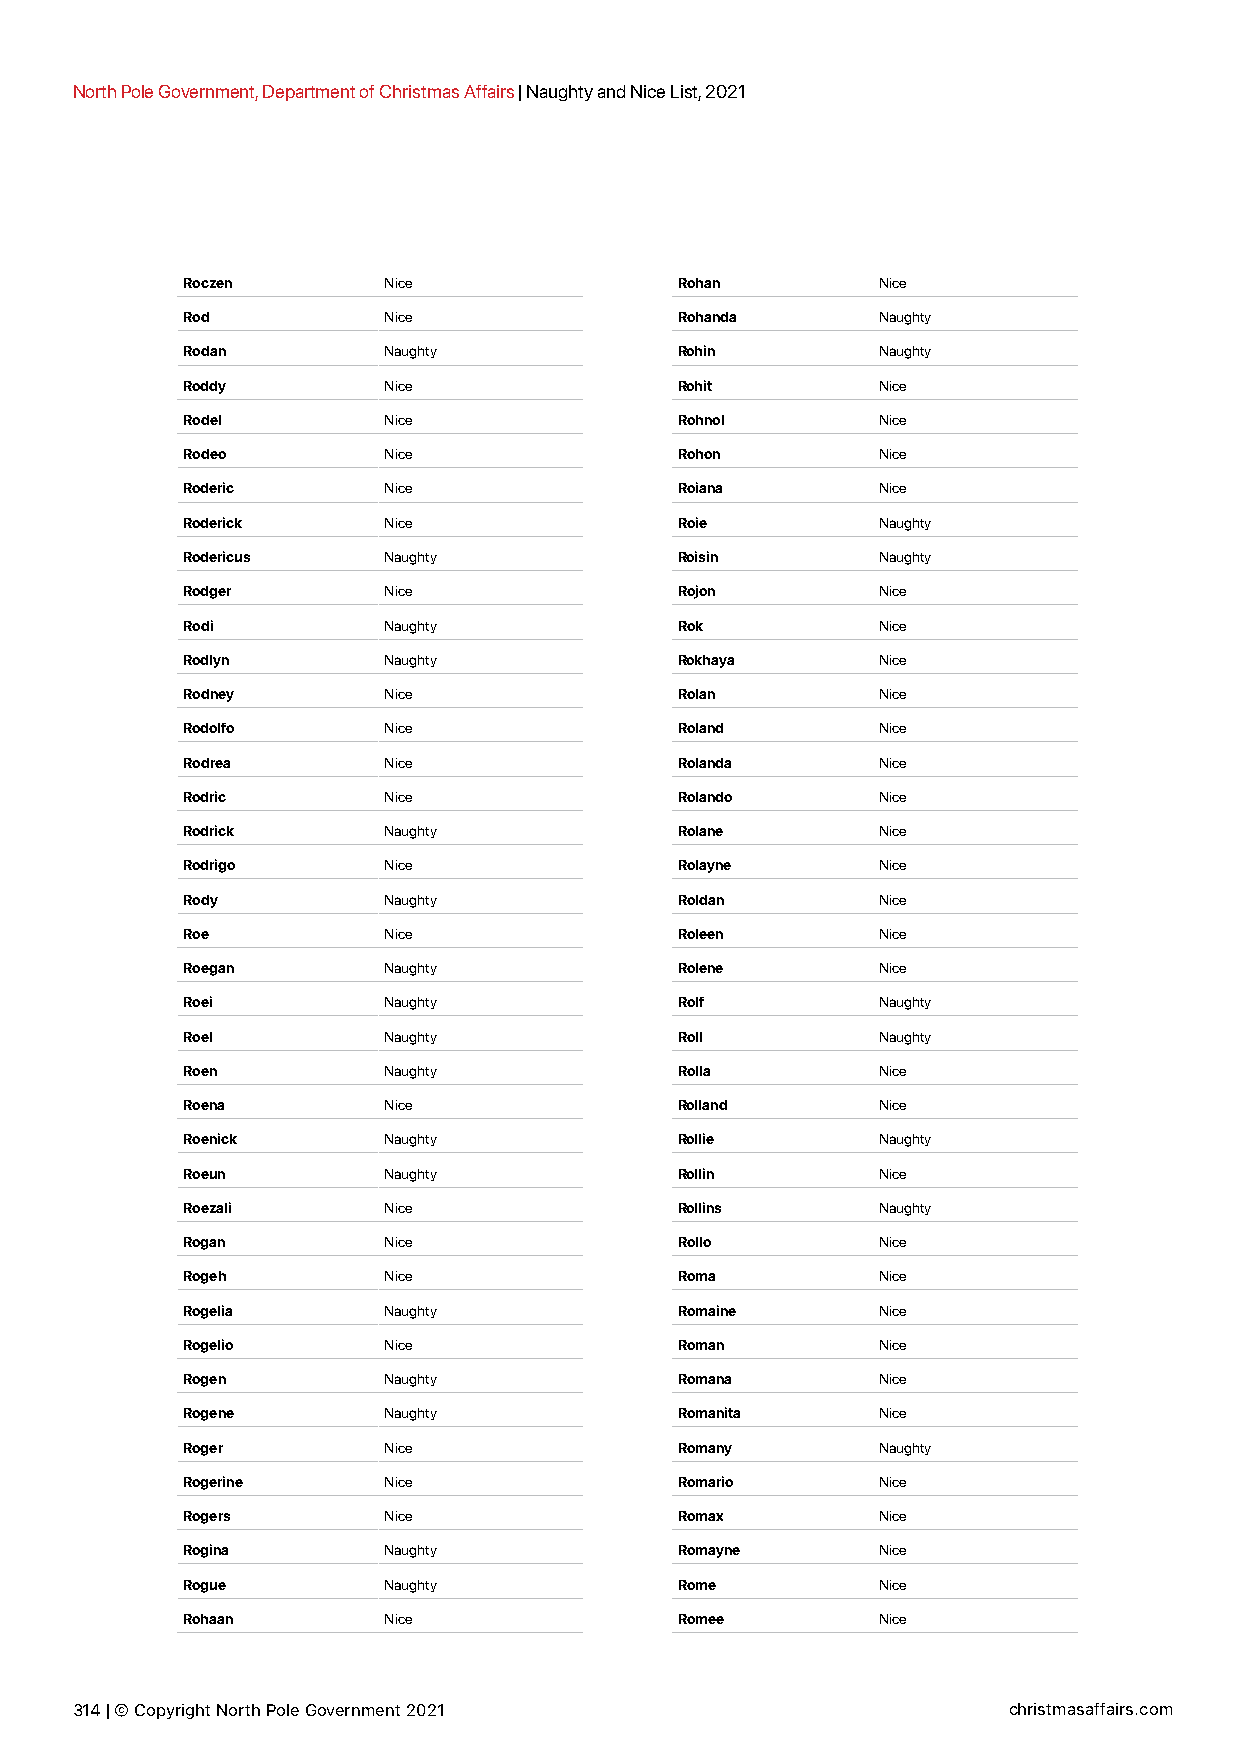
North Pole Government, Department of Christmas Affairs | Naughty and Nice List, 2021
 Roczen       Nice                Rohan        Nice
 Rod          Nice                Rohanda      Naughty
 Rodan        Naughty             Rohin        Naughty
 Roddy        Nice                Rohit        Nice
 Rodel        Nice                Rohnol       Nice
 Rodeo        Nice                Rohon        Nice
 Roderic      Nice                Roiana       Nice
 Roderick     Nice                Roie         Naughty
 Rodericus    Naughty             Roisin       Naughty
 Rodger       Nice                Rojon        Nice
 Rodi         Naughty             Rok          Nice
 Rodlyn       Naughty             Rokhaya      Nice
 Rodney       Nice                Rolan        Nice
 Rodolfo      Nice                Roland       Nice
 Rodrea       Nice                Rolanda      Nice
 Rodric       Nice                Rolando      Nice
 Rodrick      Naughty             Rolane       Nice
 Rodrigo      Nice                Rolayne      Nice
 Rody         Naughty             Roldan       Nice
 Roe          Nice                Roleen       Nice
 Roegan       Naughty             Rolene       Nice
 Roei         Naughty             Rolf         Naughty
 Roel         Naughty             Roll         Naughty
 Roen         Naughty             Rolla        Nice
 Roena        Nice                Rolland      Nice
 Roenick      Naughty             Rollie       Naughty
 Roeun        Naughty             Rollin       Nice
 Roezali      Nice                Rollins      Naughty
 Rogan        Nice                Rollo        Nice
 Rogeh        Nice                Roma         Nice
 Rogelia      Naughty             Romaine      Nice
 Rogelio      Nice                Roman        Nice
 Rogen        Naughty             Romana       Nice
 Rogene       Naughty             Romanita     Nice
 Roger        Nice                Romany       Naughty
 Rogerine     Nice                Romario      Nice
 Rogers       Nice                Romax        Nice
 Rogina       Naughty             Romayne      Nice
 Rogue        Naughty             Rome         Nice
 Rohaan       Nice                Romee        Nice
 314 | © Copyright North Pole Government 2021                  christmasaffairs.com